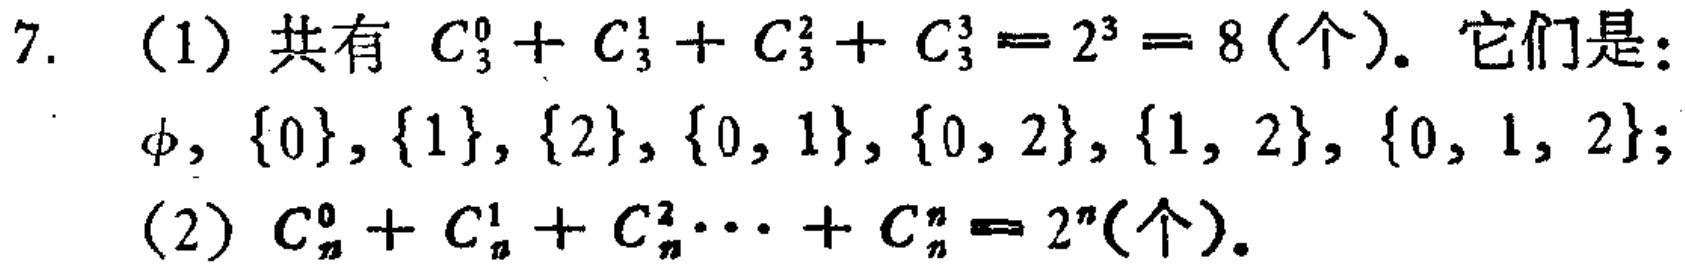
7. (1) 共有 \(C_{3}^{0}+C_{3}^{1}+C_{3}^{2}+C_{3}^{3}=2^{3}=8\) (个). 它们是：\(\varnothing,\{0\},\{1\},\{2\},\{0,1\},\{0,2\},\{1,2\},\{0,1,2\}\);

(2) \(C_{n}^{0}+C_{n}^{1}+C_{n}^{2}\cdots +C_{n}^{n}=2^{n}\) (个).